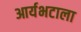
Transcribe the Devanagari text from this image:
आर्यभटाला